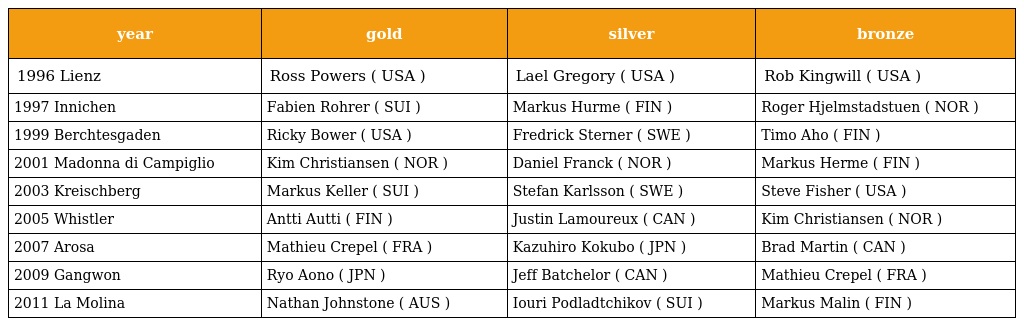
| year | gold | silver | bronze |
 | --- | --- | --- | --- |
 | 1996 Lienz | Ross Powers ( USA ) | Lael Gregory ( USA ) | Rob Kingwill ( USA ) |
 | 1997 Innichen | Fabien Rohrer ( SUI ) | Markus Hurme ( FIN ) | Roger Hjelmstadstuen ( NOR ) |
 | 1999 Berchtesgaden | Ricky Bower ( USA ) | Fredrick Sterner ( SWE ) | Timo Aho ( FIN ) |
 | 2001 Madonna di Campiglio | Kim Christiansen ( NOR ) | Daniel Franck ( NOR ) | Markus Herme ( FIN ) |
 | 2003 Kreischberg | Markus Keller ( SUI ) | Stefan Karlsson ( SWE ) | Steve Fisher ( USA ) |
 | 2005 Whistler | Antti Autti ( FIN ) | Justin Lamoureux ( CAN ) | Kim Christiansen ( NOR ) |
 | 2007 Arosa | Mathieu Crepel ( FRA ) | Kazuhiro Kokubo ( JPN ) | Brad Martin ( CAN ) |
 | 2009 Gangwon | Ryo Aono ( JPN ) | Jeff Batchelor ( CAN ) | Mathieu Crepel ( FRA ) |
 | 2011 La Molina | Nathan Johnstone ( AUS ) | Iouri Podladtchikov ( SUI ) | Markus Malin ( FIN ) |